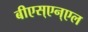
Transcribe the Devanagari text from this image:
बीएस्‌एन्‌एल